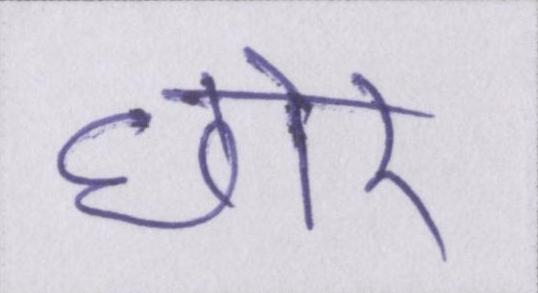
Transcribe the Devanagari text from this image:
छोर